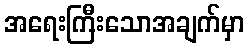
အရေးကြီးသောအချက်မှာ